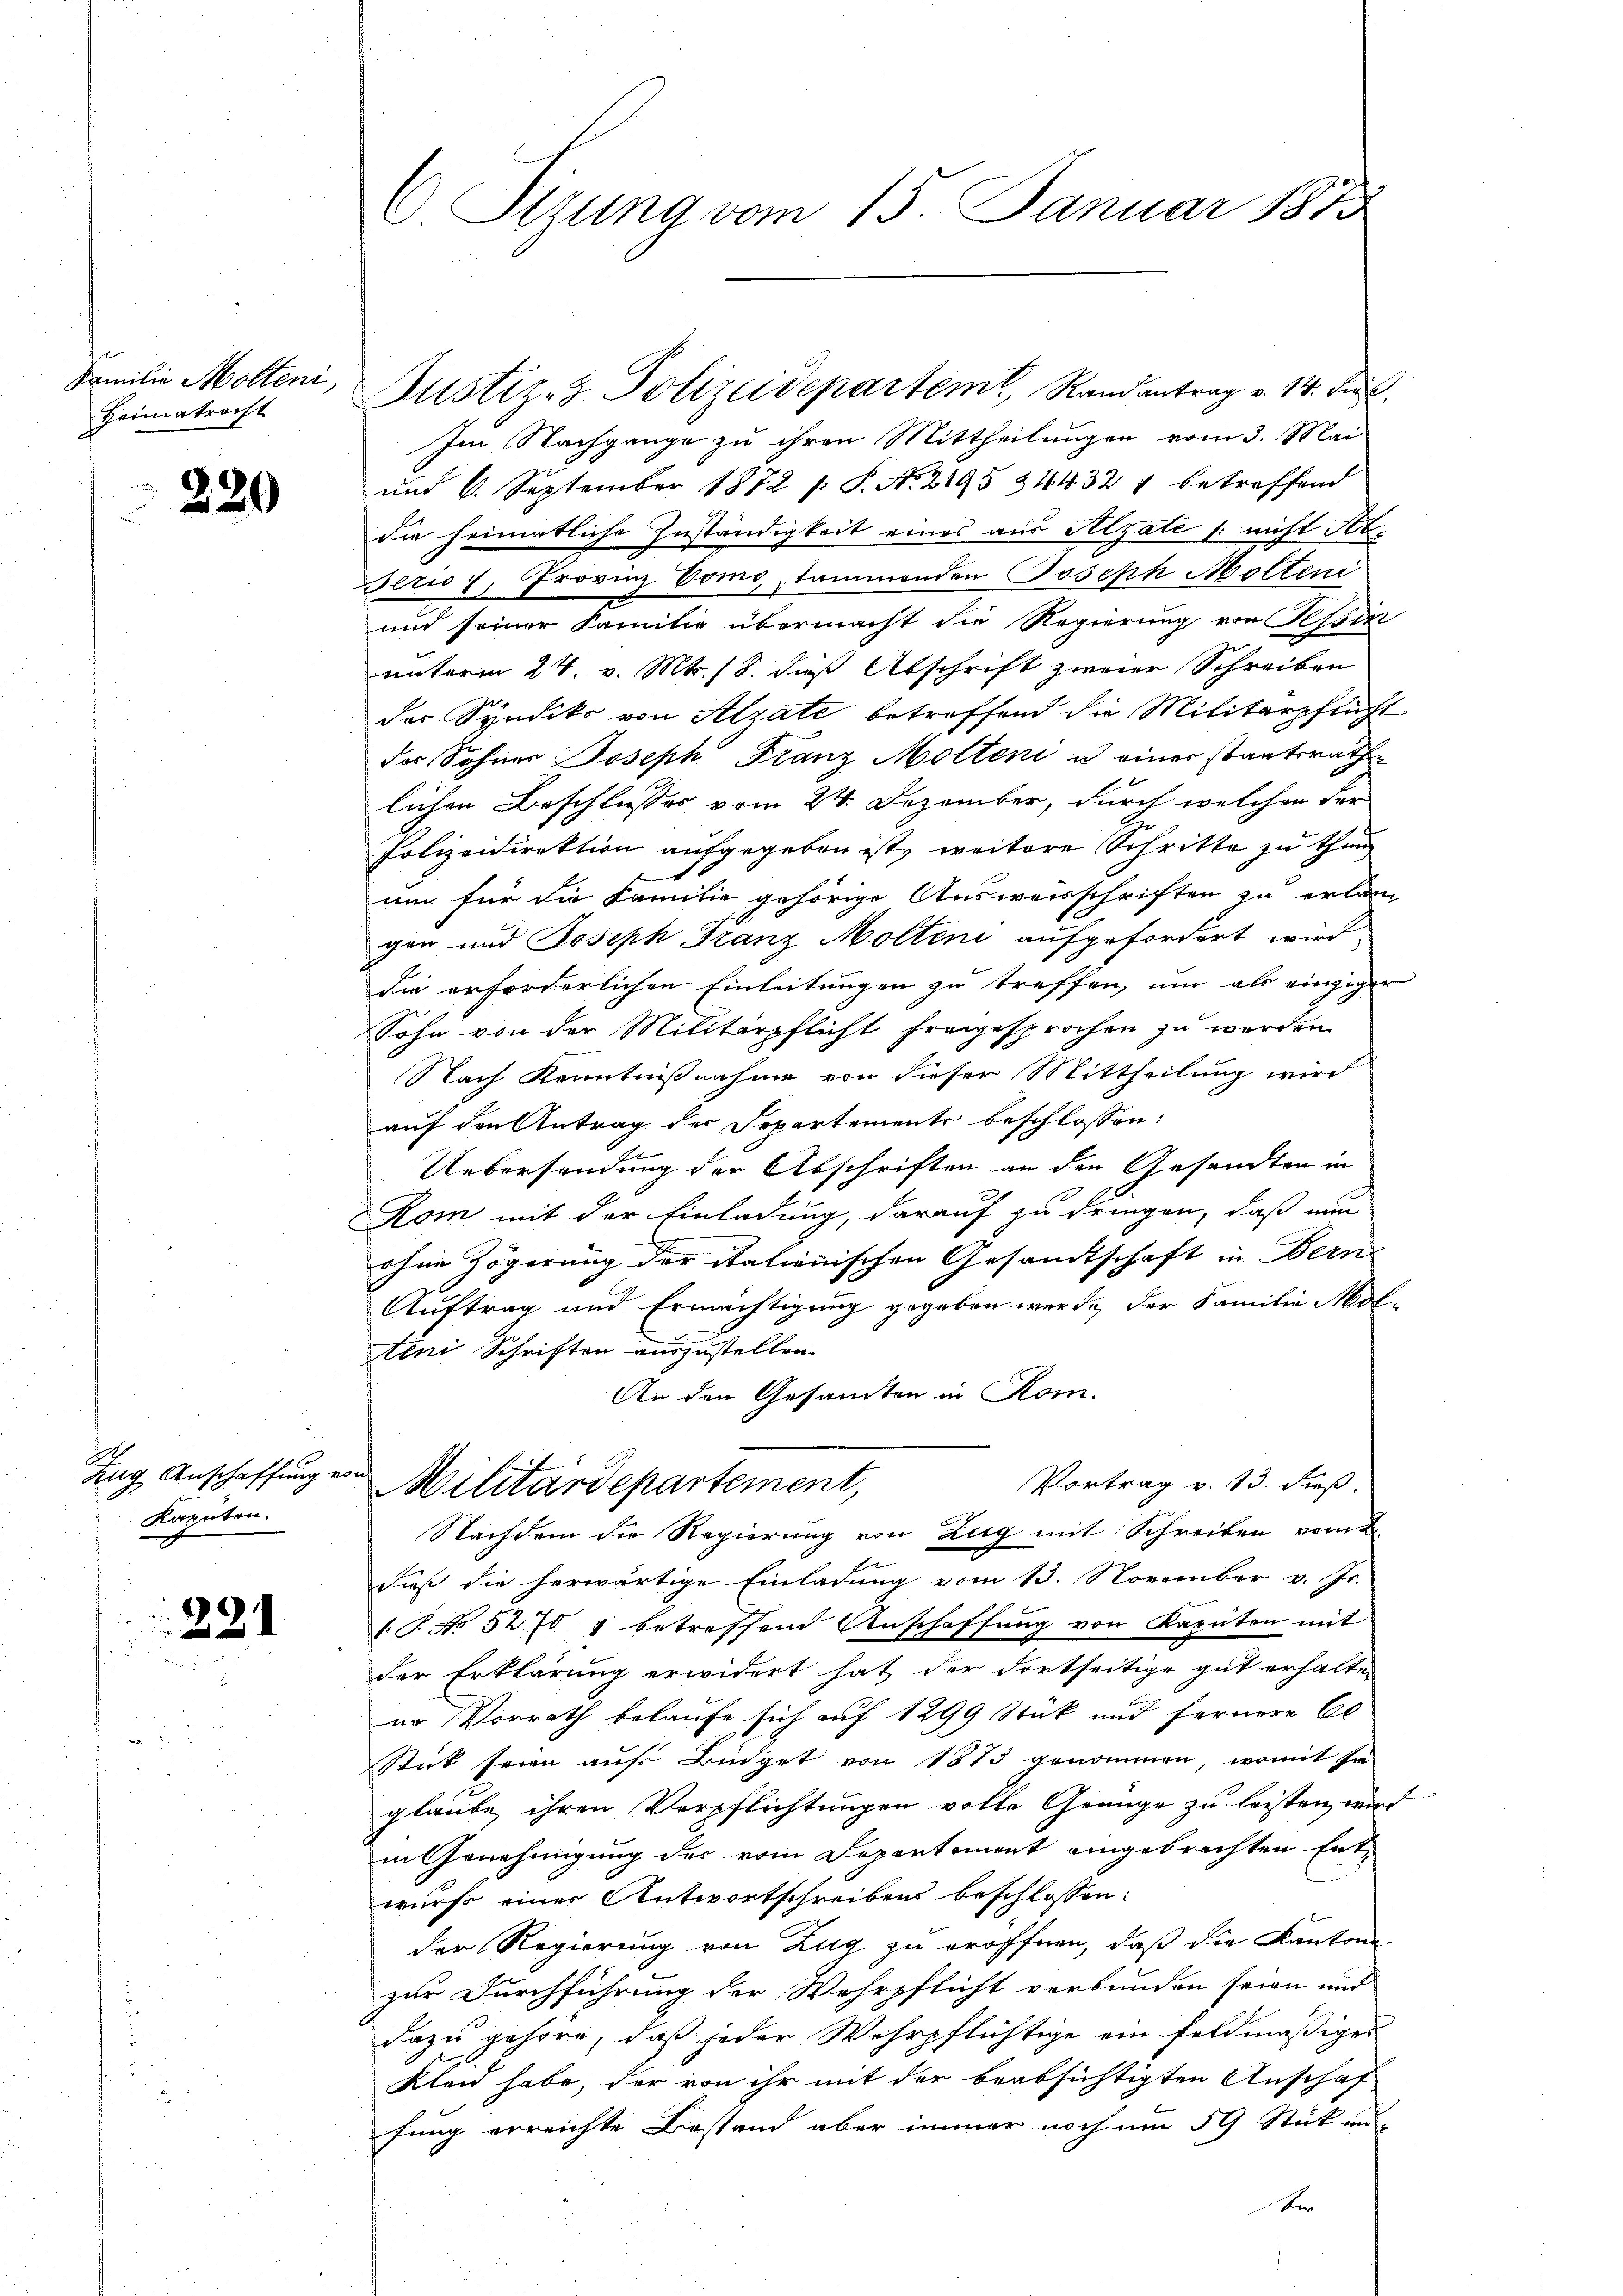
Familie Mölleni,
Heimatracht

220

.
Zug Anschaffung en
Kapeten.

221

Sizung vom 15. Januar 1875

Justiz- & Polizeidepartem Randantrag v. 14. Jun
Im Nachgange zu ihren Mittheilungen vom 3. Mai
und 6. September 1872 /: P. N. 2895 34432 7 betreffend
die heimatliche Zuständigkeit eines aus Alzate (: nicht Ab¬
Deri, Provinz Como, stammenden Joseph Molteni
und seiner Familie übermacht die Regierung von Tessin
unterm 24. v. Mts. 18. daß Abschrift zweier Schreiben
der Syndiko von Alzate betreffend die Militärpflicht
der Sohner Joseph Franz Molten u einer staatsrathe
lichen Beschlusses vom 24. Dezember, durch welcher der
Polizeidirektion aufgegeben ist, weitere Schritte zu thung
um für die Familie gehörige Ausweisschriften zu erlan
gen und Joseph Franz Molten aufgefordert wird,
die erforderlichen Einleitungen zu treffen, um als einzigen
Sohn von der Militärpflicht fragesprochen zu werden
Nach Kenntnißnahme von dieser Mittheilung wird
auf den Antrag des Departements beschlossen:
Uebersendung der Abschriften an den Gesandten in
Kom mit der Einladung, darauf zu dringen, daß nun
ohne Zögerung der italienischen Gesandtschaft in Bern
Auftrag und Ermächtigung gegeben werde, der Familie Mor
teni Schriften auszustellen.
An den Gesamten in Rom.
.
Vortrag v. 13. dieß
Militärdepartement,
Nachdem die Regierung von Zug mit Schreiben vom
dieß die herwärtige Einladung vom 13. November v. Js.
1T. No 5270 & betreffend Anschaffung von Kaputen mit
der Erklärung erwidert hat der Fortseitige gut erhalten
ur Vorrath belaufe sich auf 1299 Stück und fernere El
Stick seien auf Büdget von 1815 genommen, womit sie
glaube, ihren Verpflichtungen volle Genüge zu leisten, wir
in Genehmigung des vom Departement eingebrachten Entwurfs einer Antwortschreibens beschlossen:
der Regierung von Zug zu eröffnen, daß die Kantone
zur Durchführung der Wehrpflicht verbunden seien und
dazu gehöre, daß jeder Wehrpflichtige ein feldmäßiges
Kleid habe, der von ihr mit der beabsichtigten Anschaf
fung erreichte Bestand aber immer noch um 59 Stück un
Ver